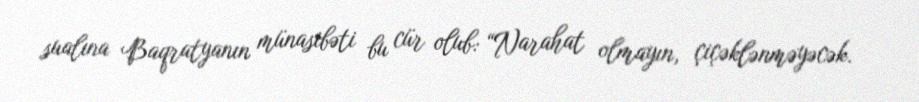
sualına Baqratyanın münasibəti bu cür olub: “Narahat olmayın, çiçəklənməyəcək.